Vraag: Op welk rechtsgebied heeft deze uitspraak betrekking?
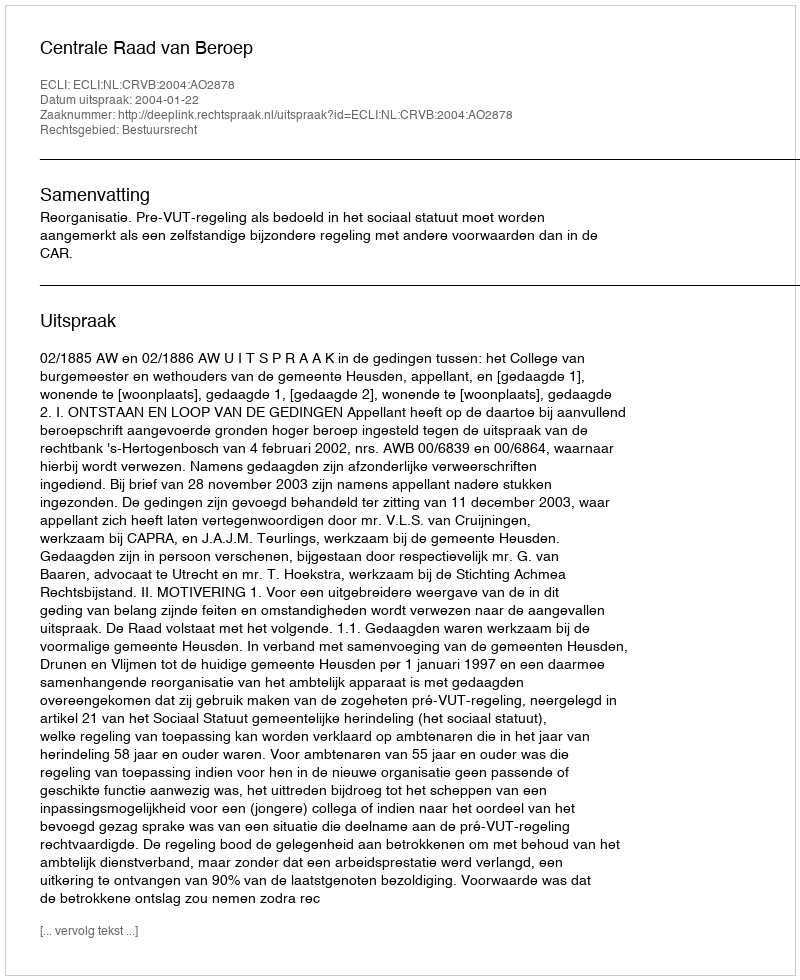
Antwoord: Bestuursrecht